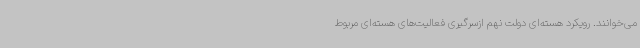
می‌خوانند. رویکرد هسته‌ای دولت نهم ازسرگیری فعالیت‌های هسته‌ای مربوط